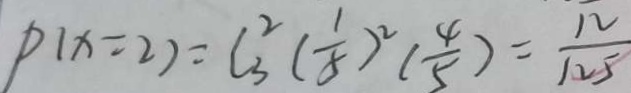
p ( x = 2 ) = C _ { 3 } ^ { 2 } ( \frac { 1 } { 5 } ) ^ { 2 } ( \frac { 4 } { 5 } ) = \frac { 1 2 } { 1 2 5 }